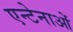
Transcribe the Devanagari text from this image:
एन्टेनाओं